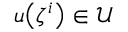
u \mathopen { } \mathclose \bgroup \left( \zeta ^ { i } \aftergroup \egroup \right) \in \mathcal { U }